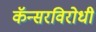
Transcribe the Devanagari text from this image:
कॅन्सरविरोधी